Report on the bubonic plague in Bombay, 1896-1897
Year: 1896
Disease focus: Plague
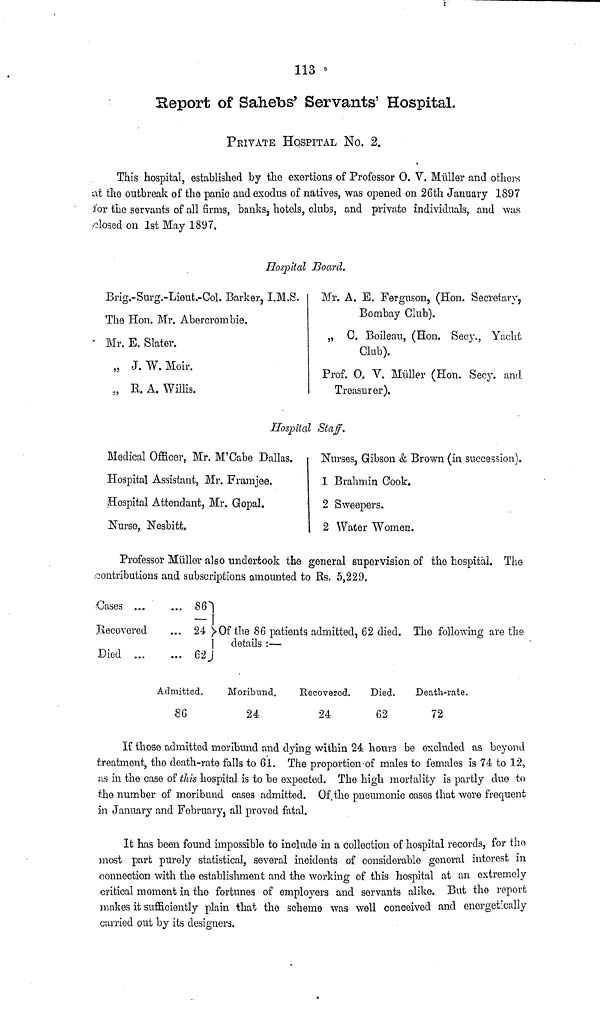
113
Report of Sahebs' Servants' Hospital.
PRIVATE HOSPITAL No. 2.
This hospital, established by the exertions of Professor O. V. Müller and others
at the outbreak of the panic and exodus of natives, was opened on 26th January 1897
lor the servants of all firms, banks, hotels, clubs, and private individuals, and was
-closed on 1st May 1897.
Hospital Board.
Brig.-Surg.-Lieut.-Col. Barker, I.M.S.
The Hon. Mr. Abercrombie.
Mr. E. Slater.
J.
W. Moir.
B.
A. Willis.
Mr. A. E. Ferguson, (Hon. Secretary,
Bombay Club).
C.
Boileau, (Hon. Secy., Yacht
Club).
Prof. 0. V. Müller (Hon. Secy. and
Treasurer).
Hospital Staff.
Medical Officer, Mr. M'Cabe Dallas.
Hospital Assistant, Mr. Framjee.
Hospital Attendant, Mr. Gopal.
Nurse, Nesbitt.
Nurses, Gibson & Brown (in succession).
1 Brahmin Cook.
2 Sweepers.
2 Water Women.
Professor Müller also undertook the general supervision of the hospital. The
contributions and subscriptions amounted to Rs. 5,229.
Cases ...
Recovered
Died ...
...
86
... 24
... 62
Admitted.
86
Of the 86 patients admitted, 62 died. The following are the
details :—
Moribund.
24
Recovered.
24
Died.
62
Death-rate.
72
If those admitted moribund and dying within 24 hours be excluded as beyond
treatment, the death-rate falls to 61. The proportion of males to females is 74 to 12,
us in the case of this hospital is to be expected. The high mortality is partly due to
the number of moribund cases admitted. Of the pneumonic cases that were frequent
in January and February, all proved fatal.
It has been found impossible to include in a collection of hospital records, for the
most part purely statistical, several incidents of considerable general interest m
connection with the establishment and the working of this hospital at an extremely
critical moment in the fortunes of employers and servants alike. But the report
makes it sufficiently plain that the scheme was well conceived and energetically
carried out by its designers.